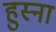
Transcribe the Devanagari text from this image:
हुस्ना